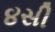
૪સી